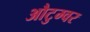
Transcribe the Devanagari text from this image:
औटुम्वर